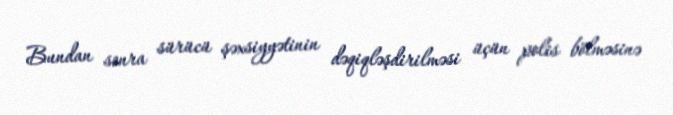
Bundan sonra sürücü şəxsiyyətinin dəqiqləşdirilməsi üçün polis bölməsinə